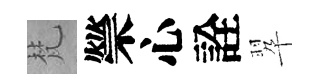
梵禜心詮翆